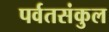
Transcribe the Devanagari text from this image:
पर्वतसंकुल